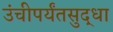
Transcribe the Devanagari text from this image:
उंचीपर्यंतसुद्धा